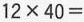
$$1 2 \times 4 0 =$$